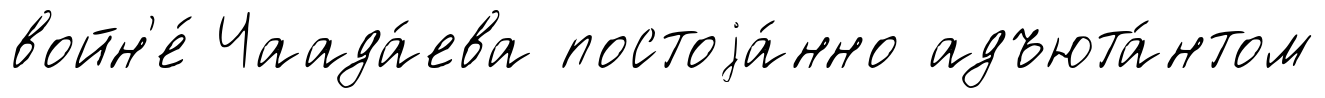
войн'е́ Чаада́ева постоjа́нно адъюта́нтом